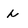
Character: h